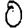
Digit: 0